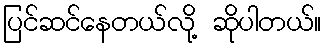
ပြင်ဆင်နေတယ်လို့ ဆိုပါတယ်။